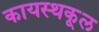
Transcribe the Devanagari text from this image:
कायस्थकूल